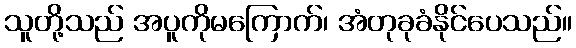
သူတို့သည် အပူကိုမကြောက်၊ အံတုခုခံနိုင်ပေသည်။